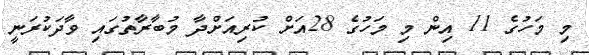
މި މަހުގެ 11 އިން މި މަހުގެ 28އަށް ކުރިއަށްދާ މުބާރާތުގައި ވާދަކުރަނީ